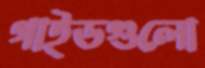
গাইডগুলো